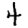
Digit: 4